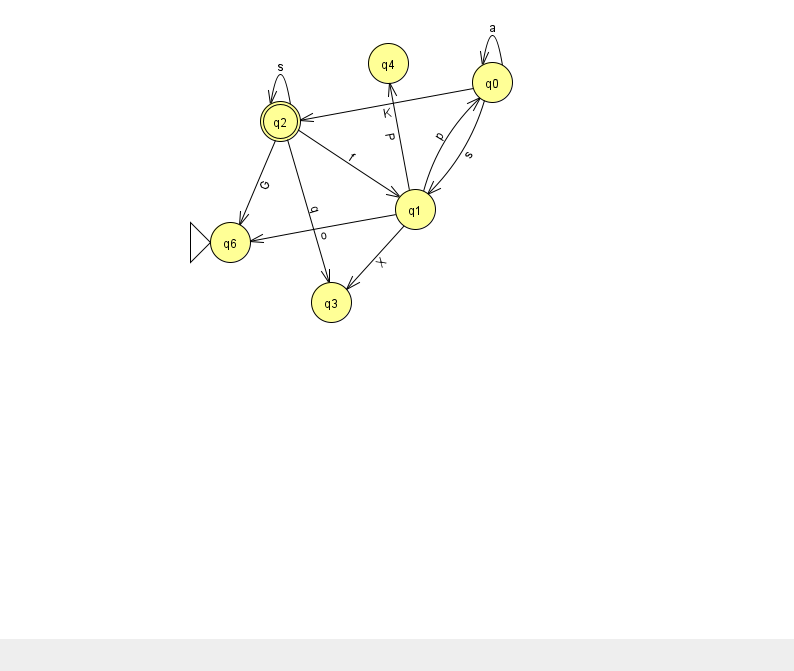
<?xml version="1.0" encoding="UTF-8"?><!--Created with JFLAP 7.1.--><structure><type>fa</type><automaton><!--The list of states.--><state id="0" name="q0"><x>492.0</x><y>69.0</y></state><state id="1" name="q1"><x>415.0</x><y>196.0</y></state><state id="2" name="q2"><x>280.0</x><y>108.0</y><final/></state><state id="3" name="q3"><x>331.0</x><y>289.0</y></state><state id="4" name="q4"><x>388.0</x><y>50.0</y></state><state id="6" name="q6"><x>230.0</x><y>229.0</y><initial/></state><!--The list of transitions.--><transition><from>1</from><to>3</to><read>X</read></transition><transition><from>1</from><to>4</to><read>P</read></transition><transition><from>0</from><to>0</to><read>a</read></transition><transition><from>2</from><to>2</to><read>s</read></transition><transition><from>2</from><to>3</to><read>q</read></transition><transition><from>1</from><to>0</to><read>p</read></transition><transition><from>0</from><to>2</to><read>K</read></transition><transition><from>0</from><to>1</to><read>s</read></transition><transition><from>1</from><to>6</to><read>o</read></transition><transition><from>2</from><to>6</to><read>G</read></transition><transition><from>2</from><to>1</to><read>f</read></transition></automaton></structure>